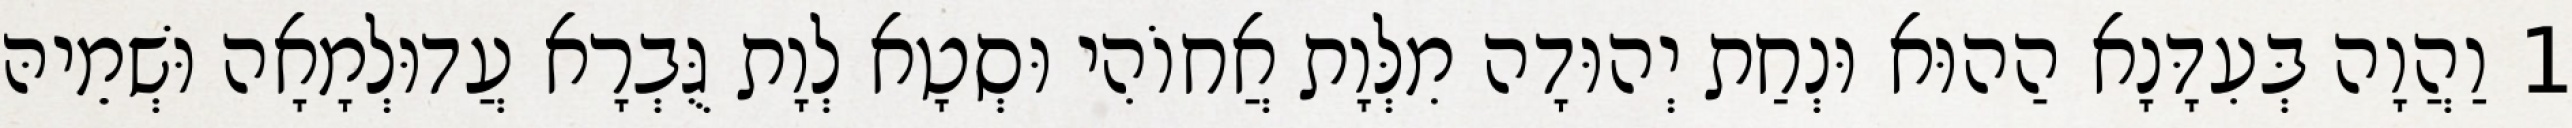
1 וַהֲוָה בְּעִדָּנָא הַהוּא וּנְחַת יְהוּדָה מִלְּוָת אֲחוֹהִי וּסְטָא לְוָת גֻּבְרָא עֲדוּלְמָאָה וּשְׁמֵיהּ